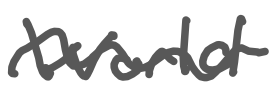
Text: World
Cross-out: mix
Writing tool: digital_gray